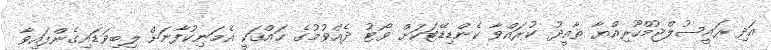
އަދި ރައީސުލްޖުމްހޫރިއްޔާ ތާއީދު ކުރައްވާ ކެންޑިޑޭޓަކަށް ވޯޓު ދެއްވުމުގެ ޙައްޤަކީ އެމަނިކުފާނަށް ލިބިވަޑައިގެންފައިވާ